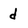
Character: d